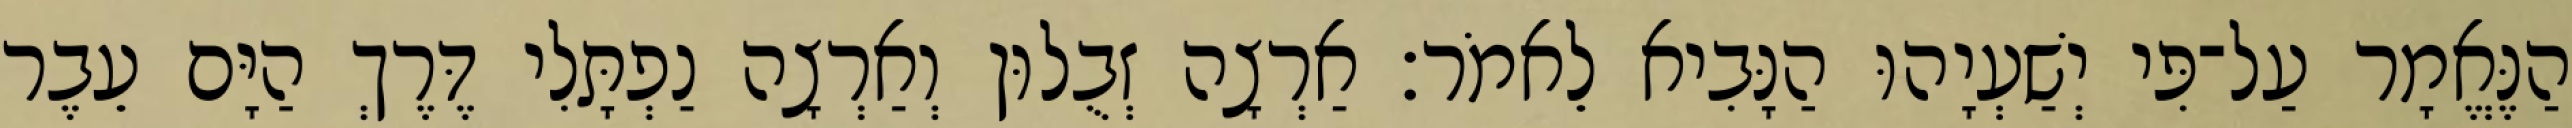
הַנֶּאֱמָר עַל־פִּי יְשַׁעְיָהוּ הַנָּבִיא לֵאמֹר׃ אַרְצָה זְבֻלוּן וְאַרְצָה נַפְתָּלִי דֶּרֶךְ הַיָּם עֵבֶר